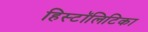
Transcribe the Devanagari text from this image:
हिस्टॉलिटिका